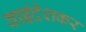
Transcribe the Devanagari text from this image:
वाइंदेशकर